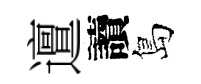
邅讀島